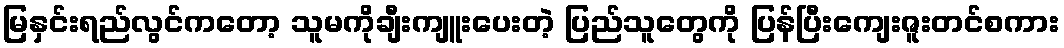
မြနှင်းရည်လွင်ကတော့ သူမကိုချီးကျူးပေးတဲ့ ပြည်သူတွေကို ပြန်ပြီးကျေးဇူးတင်စကား